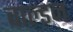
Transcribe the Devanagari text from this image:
वाल्डन